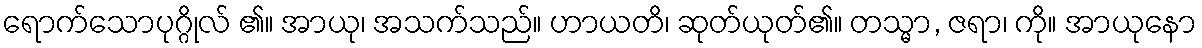
ရောက်သောပုဂ္ဂိုလ် ၏။ အာယု၊ အသက်သည်။ ဟာယတိ၊ ဆုတ်ယုတ်၏။ တသ္မာ, ဇရာ၊ ကို။ အာယုနော